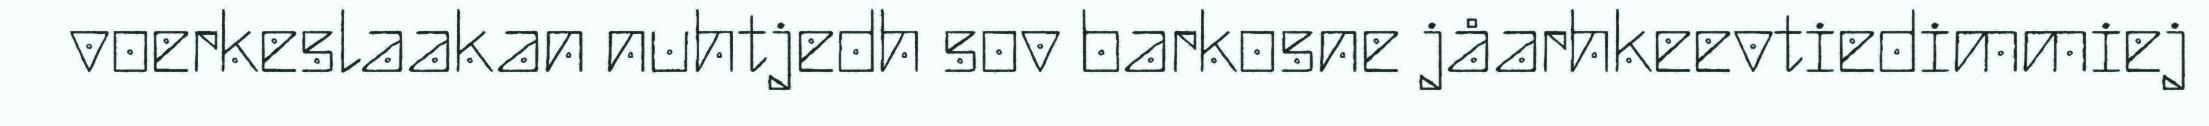
voerkeslaakan nuhtjedh sov barkosne jåarhkeevtiedimmiej